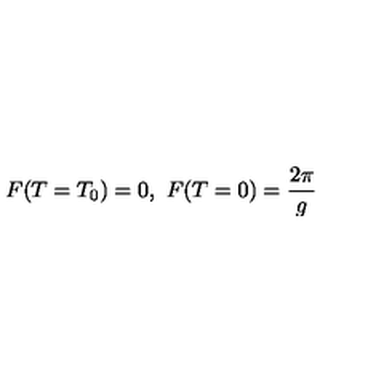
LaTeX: F ( T = T _ { 0 } ) = 0 , \ F ( T = 0 ) = \frac { 2 \pi } { g }